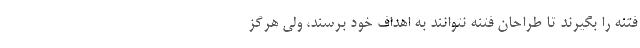
فتنه را بگیرند تا طراحان فتنه نتوانند به اهداف خود برسند، ولی هرگز